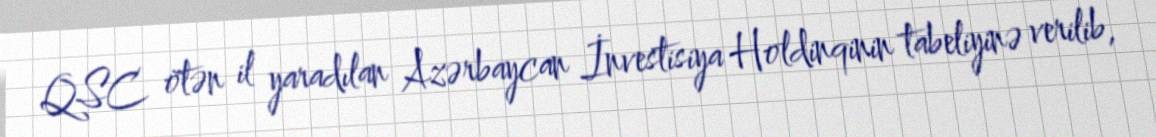
QSC ötən il yaradılan Azərbaycan İnvestisiya Holdinqinin tabeliyinə verilib,